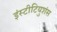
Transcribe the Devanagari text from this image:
इंस्टीटियुशंस